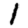
Digit: 1